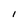
Character: 1